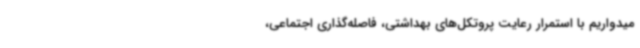
میدواریم با استمرار رعایت پروتکل‌های بهداشتی، فاصله‌گذاری اجتماعی،